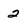
Character: 2